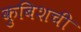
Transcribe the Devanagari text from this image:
कुबिशची